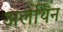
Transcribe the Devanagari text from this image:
अलथिन